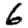
Digit: 6